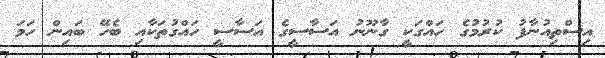
އިސްތިއުނާފު ކުރުމުގެ ހައްގަކީ ގާނޫނު އަސާސީގެ އަސާސީ ހައްގުތަކާއި ބެހޭ ބައިން ހަމަ